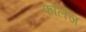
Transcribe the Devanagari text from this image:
फोलेज